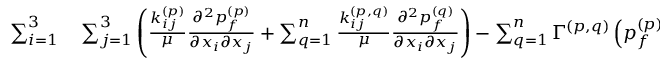
\begin{array} { r l } { \sum _ { i = 1 } ^ { 3 } } & { { } \sum _ { j = 1 } ^ { 3 } \left( \frac { k _ { i j } ^ { ( p ) } } { \mu } \frac { \partial ^ { 2 } { p _ { f } ^ { ( p ) } } } { \partial { x _ { i } } \partial { x _ { j } } } + \sum _ { q = 1 } ^ { n } \frac { k _ { i j } ^ { ( p , q ) } } { \mu } \frac { \partial ^ { 2 } { p _ { f } ^ { ( q ) } } } { \partial { x _ { i } } \partial { x _ { j } } } \right) - \sum _ { q = 1 } ^ { n } \Gamma ^ { ( p , q ) } \left( p _ { f } ^ { ( p ) } - p _ { f } ^ { ( q ) } \right) = \hphantom { X X X X X X X X X X X X X } } \end{array}